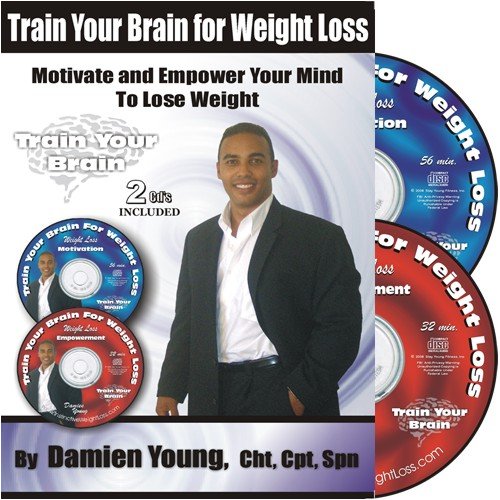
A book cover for Train Your Brain for Weight Loss - 2 Self Hypnosis CD's for Weight Loss Empowerment and Exercise Motivation (Train Your Brain for Weight Loss, 1); Damien Young CHT CPT SPN; Health, Fitness & Dieting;